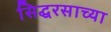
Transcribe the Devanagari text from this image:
सिद्धरसाच्या